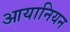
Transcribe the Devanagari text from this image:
आयानियन